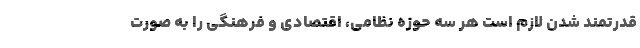
قدرتمند شدن لازم است هر سه حوزه نظامی، اقتصادی و فرهنگی را به صورت